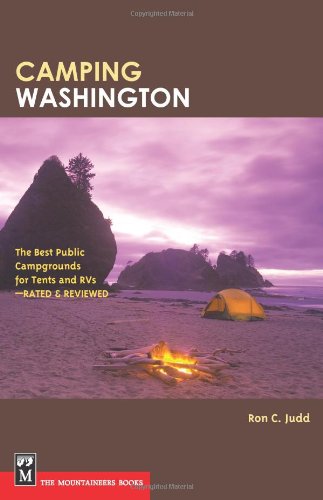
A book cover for Camping Washington: The Best Public Campgrounds for Tents and RVs--Rated and Reviewed; Ron C. Judd; Sports & Outdoors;